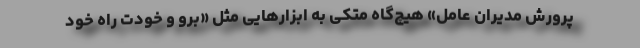
پرورش مدیران عامل» هیچ‌گاه متکی به ابزارهایی مثل «برو و خودت راه خود